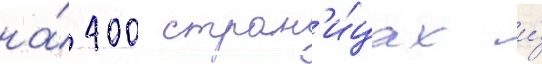
на́ 400 стран'и́цах и́